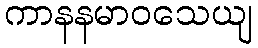
ကာနနမာဝသေယျ